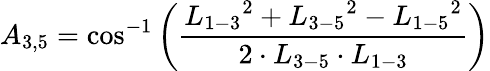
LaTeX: {A_{3,5}}=\cos^{-1}\left(\frac{{L_{1-3}}^{2}+{L_{3-5}}^{2}-{L_{1-5}}^{2}}{2\cdot{L_{3-5}}\cdot{L_{1-3}}}\right)